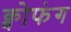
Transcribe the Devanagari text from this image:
क्वोफंग